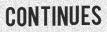
CONTINUES